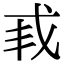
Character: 𫻩